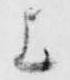
上